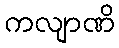
ကလျာဏိ